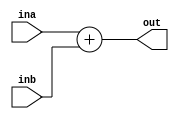
module adder #(parameter data_width=32)(
    input [data_width-1:0]ina,inb,
    output wire [data_width-1:0]out 
);
assign out = ina + inb;
endmodule